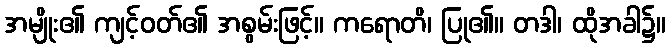
အမျိုး၏ ကျင့်ဝတ်၏ အစွမ်းဖြင့်။ ကရောတိ၊ ပြု၏။ တဒါ၊ ထိုအခါ၌။